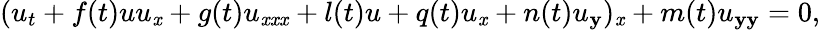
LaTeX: (u_{t}+f(t)uu_{\mathit{x}}+g(t)u_{\mathit{x}\mathit{x}\mathit{x}}+l(t)u+q(t)u_{\mathit{x}}+n(t)u_{\mathbf{y}})_{\mathit{x}}+m(t)u_{\mathbf{y}\mathbf{y}}=0,